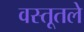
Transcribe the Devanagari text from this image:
वस्तूतले